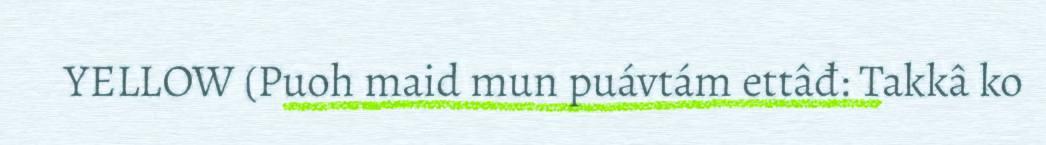
YELLOW (Puoh maid mun puávtám ettâđ: Takkâ ko